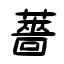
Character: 薔